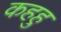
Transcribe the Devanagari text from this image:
कहहु